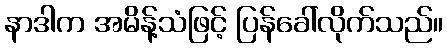
နာဒါက အမိန့်သံဖြင့် ပြန်ခေါ်လိုက်သည်။